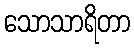
သောသာရိတာ